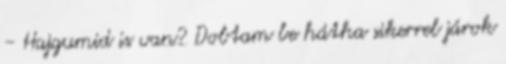
- Hajgumid is van? Dobtam be hátha sikerrel járok